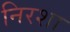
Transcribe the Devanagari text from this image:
निरशा